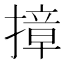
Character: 𭢓